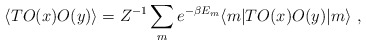
\begin{align*}\langle T O(x) O(y) \rangle = Z^{-1}\sum_m e^{-\beta E_m} \langle m|T O(x) O(y)| m \rangle ~,\end{align*}